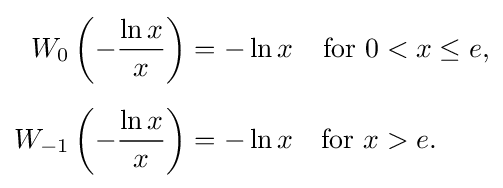
{\begin{aligned}W_{0}\left(-{\frac {\ln x}{x}}\right)&=-\ln x&{\text{for }}0&<x\leq e,\\[5pt]W_{-1}\left(-{\frac {\ln x}{x}}\right)&=-\ln x&{\text{for }}x&>e.\end{aligned}}